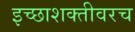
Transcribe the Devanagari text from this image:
इच्छाशक्तीवरच